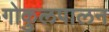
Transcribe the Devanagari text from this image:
गोकुलपालन